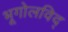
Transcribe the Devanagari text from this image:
भूगोलविद्